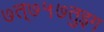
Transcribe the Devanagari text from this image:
७त्७५७तुइग